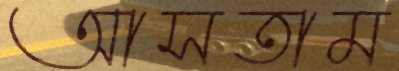
আসতাম